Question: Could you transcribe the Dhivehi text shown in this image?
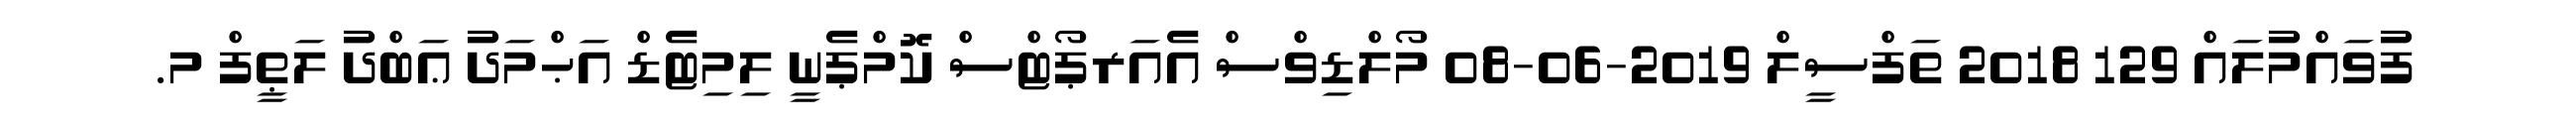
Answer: ފުވައްމުލައް 129 2018 ތަފްސީލް 2019-06-08 މޯލްޑިވްސް އެއަރޕޯޓްސް ކޮމްޕެނީ ލިމިޓެޑް އަޙްމަދު ޢަބްދު ލަޠީފް މ.